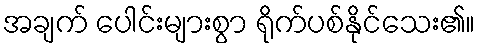
အချက် ပေါင်းများစွာ ရိုက်ပစ်နိုင်သေး၏။